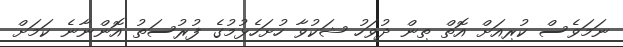
ނަމަވެސް ކުރިއަށް އޮތް ތިން ދުވަހު ޝަކުވާ ހުށަހެޅުމުގެ ފުރުސަތު އޮންނާނެ ކަމަށް